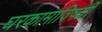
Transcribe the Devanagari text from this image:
घरकामाविषयी